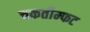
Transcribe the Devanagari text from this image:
चकतीम्फट